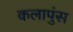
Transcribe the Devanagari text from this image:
कलापुंस